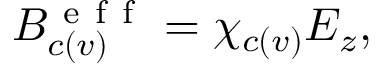
\begin{array} { r } { B _ { c ( v ) } ^ { \mathrm { ~ e ~ f ~ f ~ } } = \chi _ { c ( v ) } E _ { z } , } \end{array}